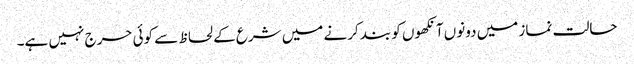
حالت نماز میں دونوں آنکھوں کو بند کرنے میں شرع کے لحاظ سے کوئی حرج نہیں ہے۔